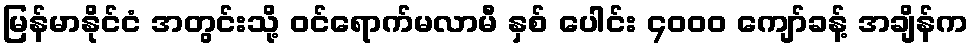
မြန်မာနိုင်ငံ အတွင်းသို့ ဝင်ရောက်မလာမီ နှစ် ပေါင်း ၄၀၀၀ ကျော်ခန့် အချိန်က